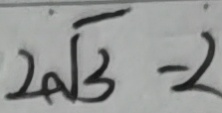
2 \sqrt { 3 } - 2